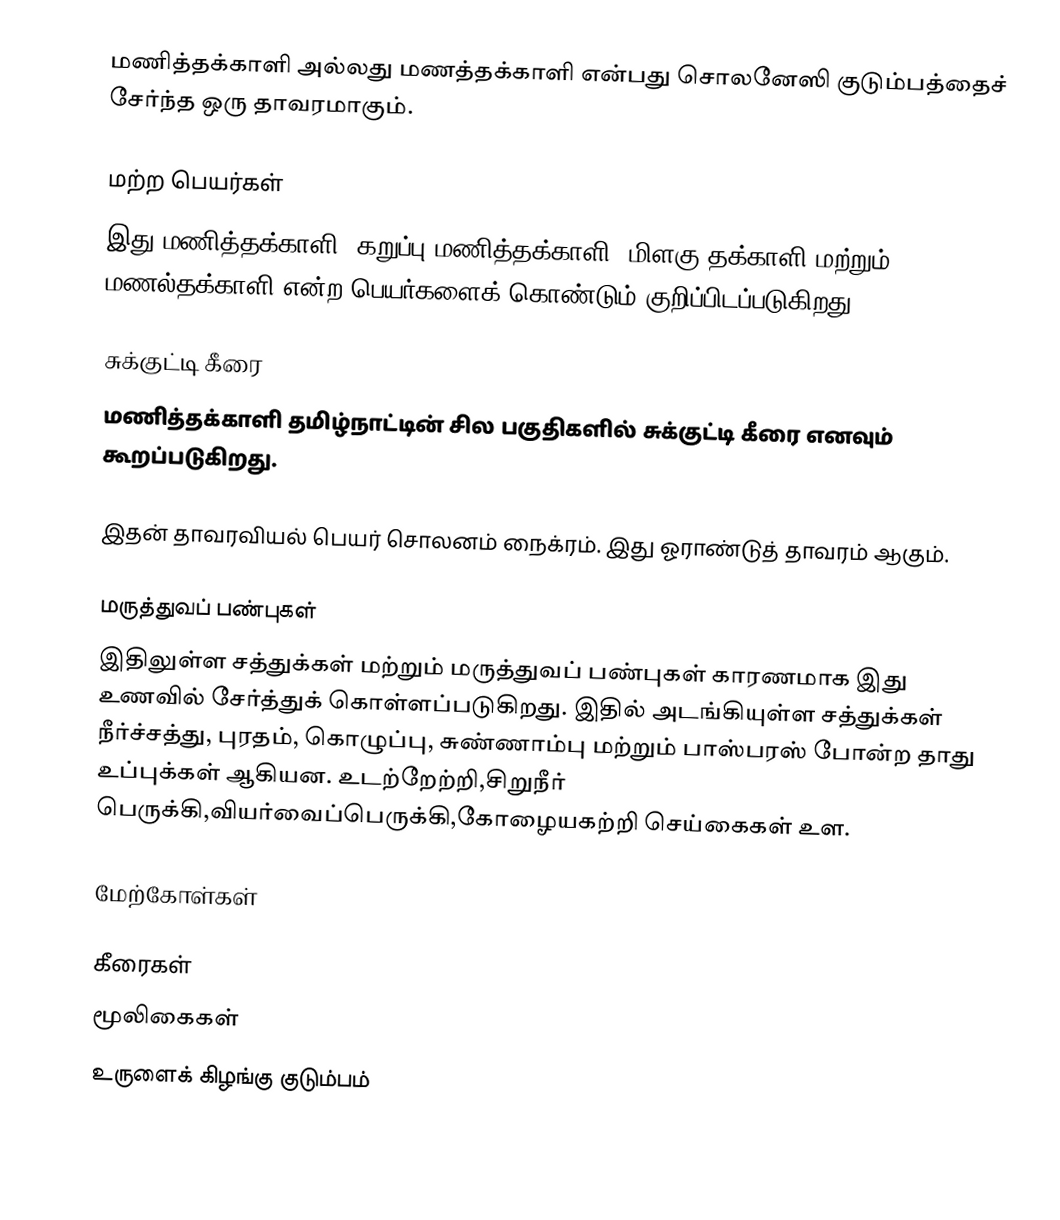
மணித்தக்காளி அல்லது மணத்தக்காளி என்பது சொலனேஸி குடும்பத்தைச் சேர்ந்த ஒரு தாவரமாகும்.

மற்ற பெயர்கள்
இது மணித்தக்காளி, கறுப்பு மணித்தக்காளி, மிளகு தக்காளி மற்றும் மணல்தக்காளி என்ற பெயர்களைக் கொண்டும் குறிப்பிடப்படுகிறது.

சுக்குட்டி கீரை
மணித்தக்காளி தமிழ்நாட்டின் சில பகுதிகளில் சுக்குட்டி கீரை எனவும் கூறப்படுகிறது.

இதன் தாவரவியல் பெயர் சொலனம் நைக்ரம். இது ஓராண்டுத் தாவரம் ஆகும்.

மருத்துவப் பண்புகள்
இதிலுள்ள சத்துக்கள் மற்றும் மருத்துவப் பண்புகள் காரணமாக இது உணவில் சேர்த்துக் கொள்ளப்படுகிறது. இதில் அடங்கியுள்ள சத்துக்கள் நீர்ச்சத்து, புரதம், கொழுப்பு, சுண்ணாம்பு மற்றும் பாஸ்பரஸ் போன்ற தாது உப்புக்கள் ஆகியன. உடற்றேற்றி,சிறுநீர் பெருக்கி,வியர்வைப்பெருக்கி,கோழையகற்றி செய்கைகள் உள.

மேற்கோள்கள்

கீரைகள்
மூலிகைகள்
உருளைக் கிழங்கு குடும்பம்